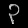
Digit: ၃